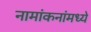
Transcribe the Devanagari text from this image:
नामांकनांमध्ये